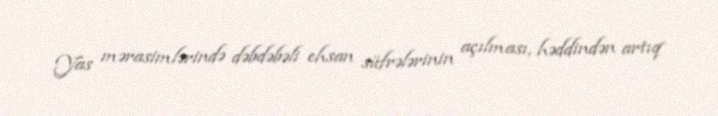
Yas mərasimlərində dəbdəbəli ehsan süfrələrinin açılması, həddindən artıq